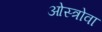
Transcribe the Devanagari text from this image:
ओस्त्रोवा